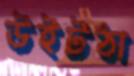
উইটঠা